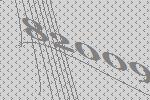
82009